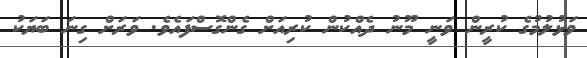
ވަޅުލުމުގެ ކުރީން ވަނީ މޫނު ދެއްކުން ކުރިއަށް ގެންގޮސްފައެވެ. ވަރަށް ގިނަ ބަޔަކު